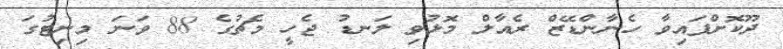
ދޫކޮށްފައިވާ ހެނާންޑޭޒް ރެއާލް މޮޅުވި ލަނޑު ޖެހީ މެޗުގެ 88 ވަނަ މިނިޓުގަ